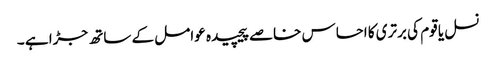
نسل یا قوم کی برتری کا احساس خاصے پیچیدہ عوامل کے ساتھ جڑا ہے ۔